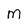
Character: M